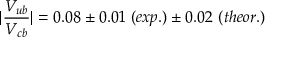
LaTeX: | \frac { V _ { u b } } { V _ { c b } } | = 0 . 0 8 \pm 0 . 0 1 \ ( e x p . ) \pm 0 . 0 2 \ ( t h e o r . )